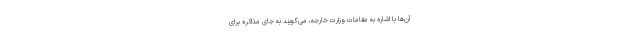
آن‌ها با اشاره به مقامات وزارت خارجه، می‌گویند به جای مذاکره برای